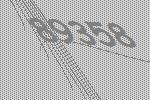
89358